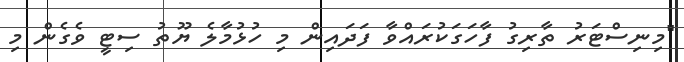
"މިނިސްޓަރު ތާރިގު ފާހަގަކުރައްވާ ފަދައިން މި ހުޅުމާލެ ޔޫތު ސިޓީ ވެގެން މި